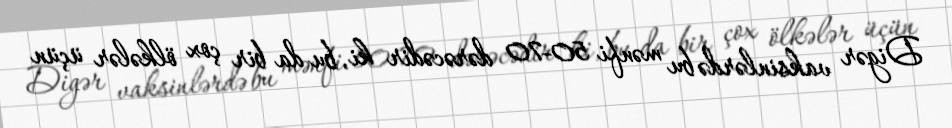
Digər vaksinlərdə bu mənfi 50-70 dərəcədir ki, bu da bir çox ölkələr üçün